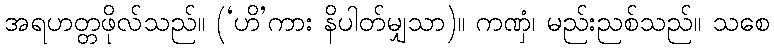
အရဟတ္တဖိုလ်သည်။ (‘ဟိ’ကား နိပါတ်မျှသာ)။ ကဏှံ၊ မည်းညစ်သည်။ သစေ